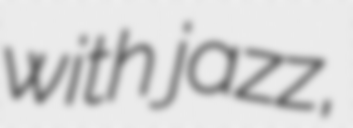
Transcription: with jazz,